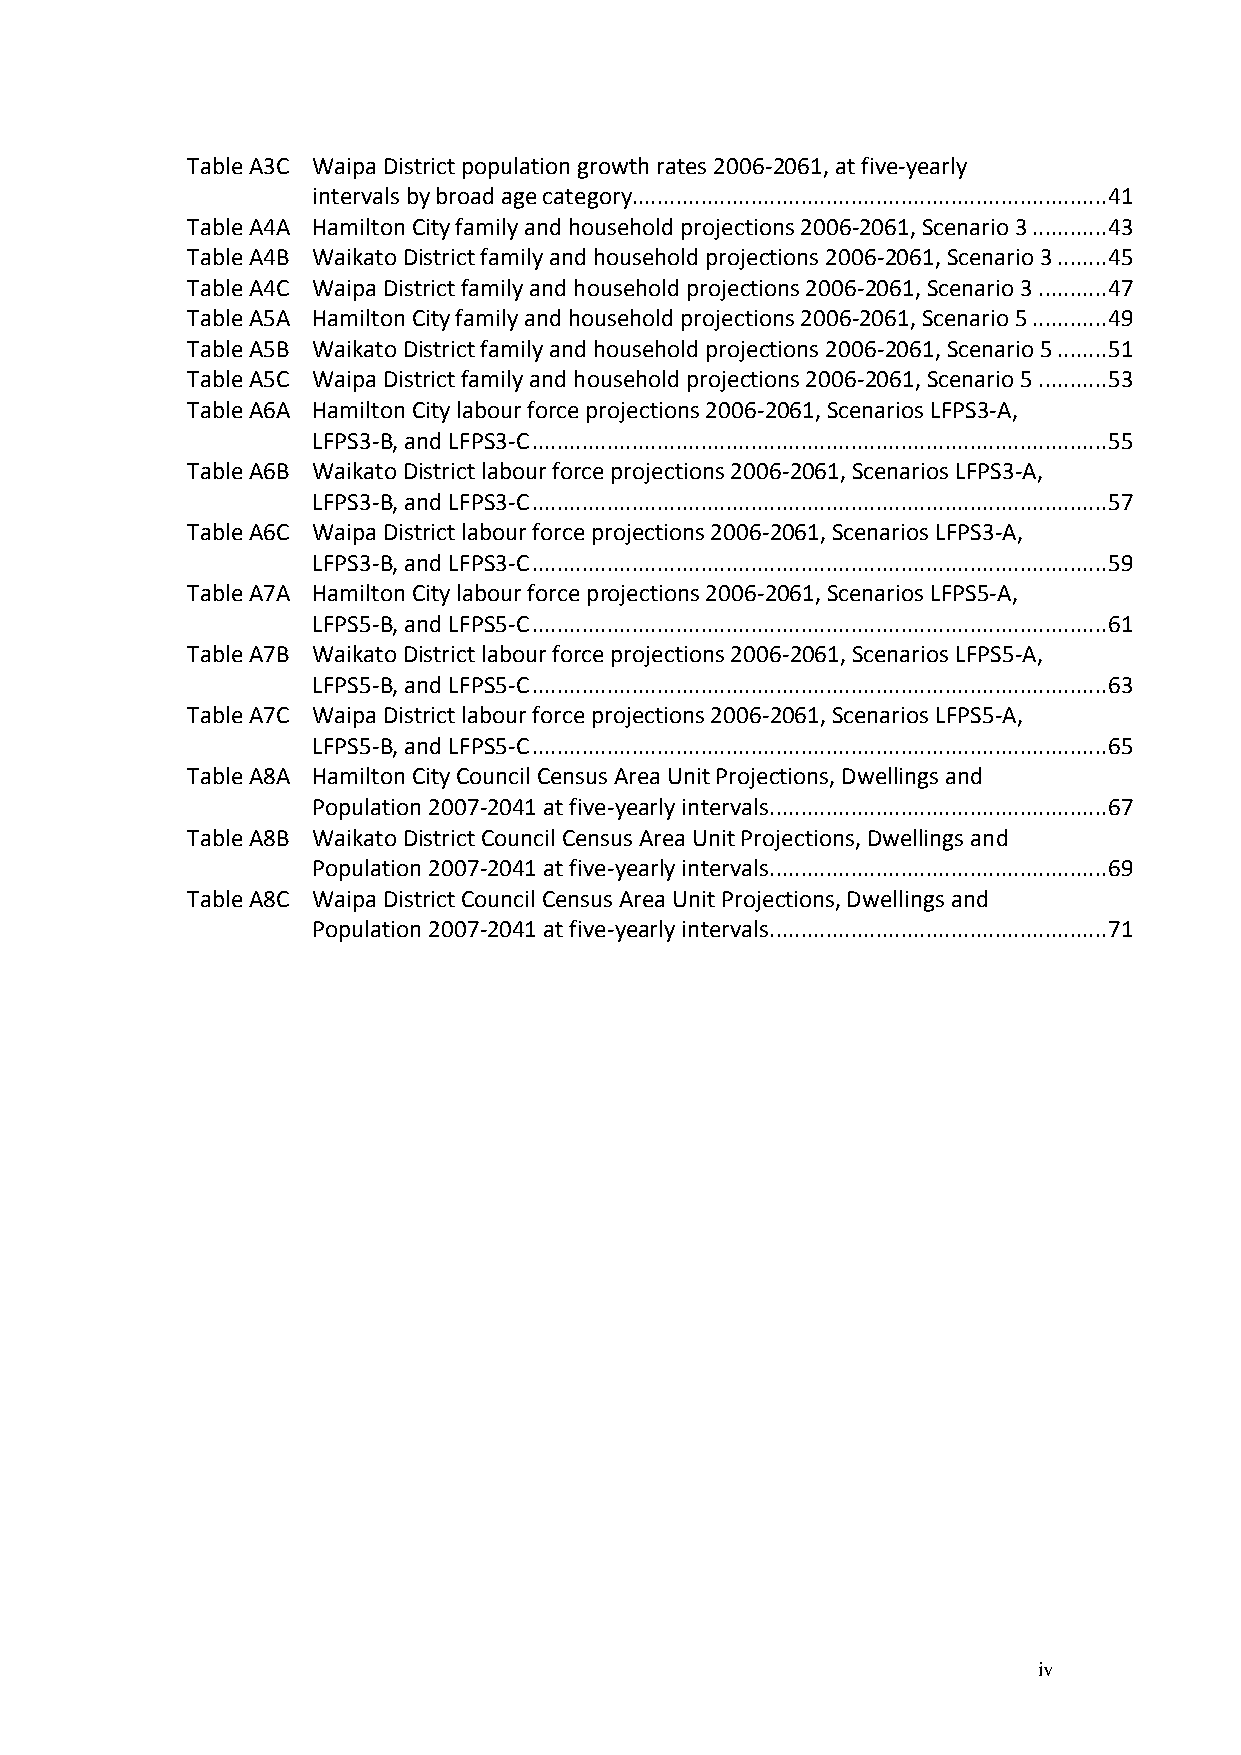
Table A3C Waipa District population growth rates 2006-2061, at five-yearly
 intervals by broad age category............................................................................ 41
 Table A4A Hamilton City family and household projections 2006-2061, Scenario 3 ............ 43
 Table A4B Waikato District family and household projections 2006-2061, Scenario 3 ........ 45
 Table A4C Waipa District family and household projections 2006-2061, Scenario 3 ........... 47
 Table A5A Hamilton City family and household projections 2006-2061, Scenario 5 ............ 49
 Table A5B Waikato District family and household projections 2006-2061, Scenario 5 ........ 51
 Table A5C Waipa District family and household projections 2006-2061, Scenario 5 ........... 53
 Table A6A Hamilton City labour force projections 2006-2061, Scenarios LFPS3-A,
 LFPS3-B, and LFPS3-C ............................................................................................ 55
 Table A6B Waikato District labour force projections 2006-2061, Scenarios LFPS3-A,
 LFPS3-B, and LFPS3-C ............................................................................................ 57
 Table A6C Waipa District labour force projections 2006-2061, Scenarios LFPS3-A,
 LFPS3-B, and LFPS3-C ............................................................................................ 59
 Table A7A Hamilton City labour force projections 2006-2061, Scenarios LFPS5-A,
 LFPS5-B, and LFPS5-C ............................................................................................ 61
 Table A7B Waikato District labour force projections 2006-2061, Scenarios LFPS5-A,
 LFPS5-B, and LFPS5-C ............................................................................................ 63
 Table A7C Waipa District labour force projections 2006-2061, Scenarios LFPS5-A,
 LFPS5-B, and LFPS5-C ............................................................................................ 65
 Table A8A Hamilton City Council Census Area Unit Projections, Dwellings and
 Population 2007-2041 at five-yearly intervals ...................................................... 67
 Table A8B Waikato District Council Census Area Unit Projections, Dwellings and
 Population 2007-2041 at five-yearly intervals ...................................................... 69
 Table A8C Waipa District Council Census Area Unit Projections, Dwellings and
 Population 2007-2041 at five-yearly intervals ...................................................... 71
 iv